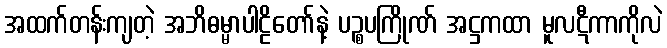
အထက်တန်းကျတဲ့ အဘိဓမ္မာပါဠိတော်နဲ့ ပဉ္စပကြိုဏ် အဋ္ဌကထာ မူလဋီကာကိုလဲ